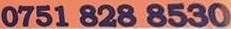
0751 828 8530